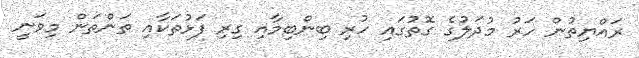
ރައްޔިތުން ހަރު މުދަލުގެ ގޮތުގައި ހުރި ބިންބިމާއި ގިރި ފަޅުތަކާއި ތަންތަން މިވަނީ